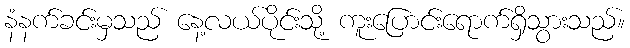
နံနက်ခင်းမှသည် နေ့လယ်ပိုင်းသို့ ကူးပြောင်းရောက်ရှိသွားသည်။